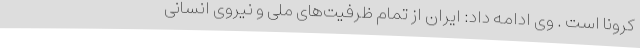
کرونا است . وی ادامه داد: ایران از تمام ظرفیت‌های ملی و نیروی انسانی